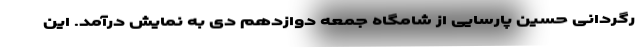
رگردانی حسین پارسایی از شامگاه جمعه دوازدهم دی به نمایش درآمد. این